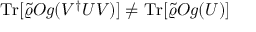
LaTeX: \mathrm { T r } [ \tilde { \varrho } { \cal O } g ( V ^ { \dagger } U V ) ] \ne \mathrm { T r } [ \tilde { \varrho } { \cal O } g ( U ) ]